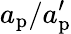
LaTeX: a_{\mathrm{p}}/a_{\mathrm{p}}^{\prime}